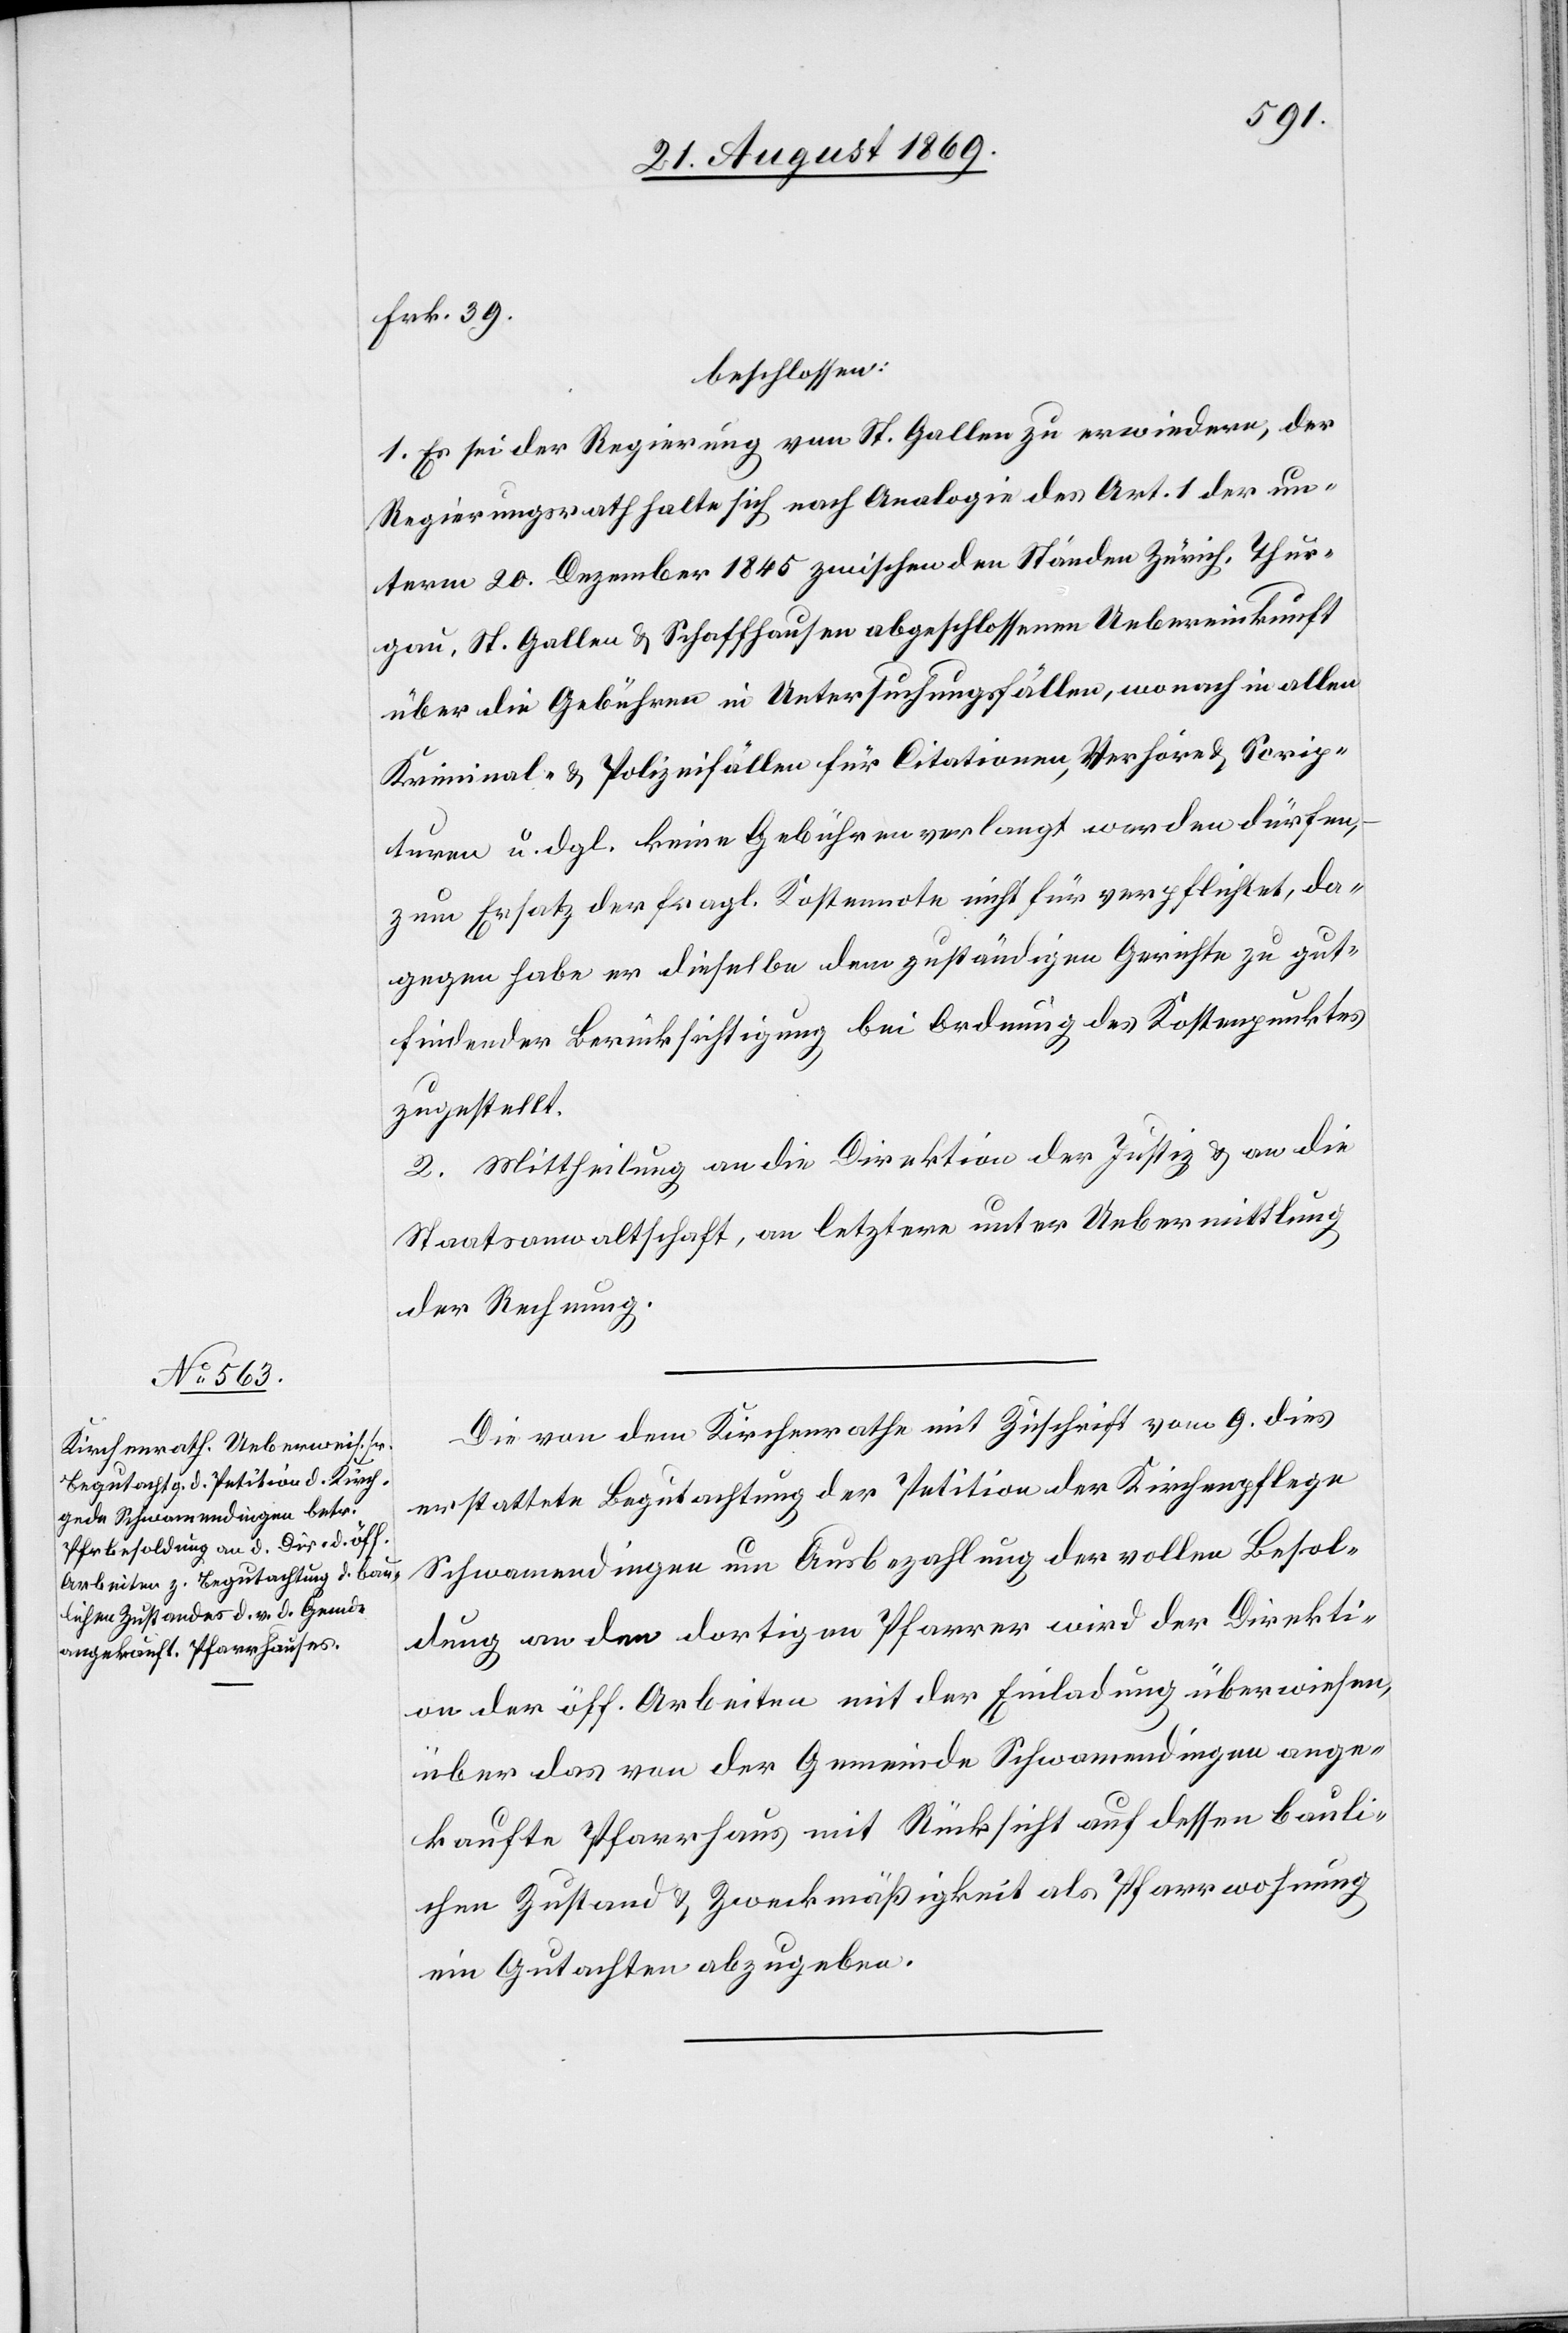
Frk. 39.
beschlossen:
1. Es sei der Regierung von St. Gallen zu erwiedern, der
Regierungsrath halte sich nach Analogie des Art. 1 der un¬
term 20. Dezember 1845 zwischen den Ständen Zürich, Thur¬
gau, St. Gallen & Schaffhausen abgeschlossenen Uebereinkunft
über die Gebühren in Untersuchungsfällen, wonach in allen
Kriminal- & Polizeifällen für Citationen, Verhöre & Scrip¬
turen u. dgl. keine Gebühren verlangt e dürfen,
zum Ersatz der fragl. Kostennote nicht für verpflichtet, da¬
gegen habe er dieselbe dem zuständigen Gerichte zu gut¬
findender Berücksichtigung bei Ordnung des Kostenpunktes
zugestellt.
2. Mittheilung an die Direktion der Justiz & an die
Staatsanwaltschaft, an letztere unter Uebermittlung
der Rechnung.
Die von dem Kirchenrathe mit Zuschrift vom 9. dies
erstattete Begutachtung der Petition der Kirchenpflege
Schwamendingen um Ausbezahlung der vollen Besol¬
dung an den dortigen Pfarrer wird der Direkti¬
on der öff. Arbeiten mit der Einladung überwiesen,
über das von der Gemeinde Schwamendingen ange¬
kaufte Pfarrhaus mit Rücksicht auf dessen bauli¬
chen Zustand & Zweckmäßigkeit als Pfarrwohnung
ein Gutachten abzugeben.